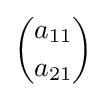
{\binom {a_{11}}{a_{21}}}